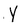
Character: Y